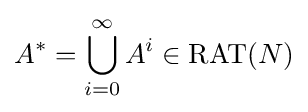
A^{*}=\bigcup _{i=0}^{\infty }A^{i}\in \mathrm {RAT} (N)